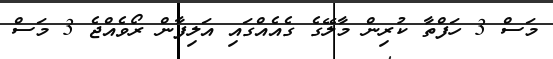
މަސް 3 ހަފްތާ ކުރިން މާލޭގެ ގެއެއްގައި އަލިފާން ރޯވެއްޖެ 3 މަސް